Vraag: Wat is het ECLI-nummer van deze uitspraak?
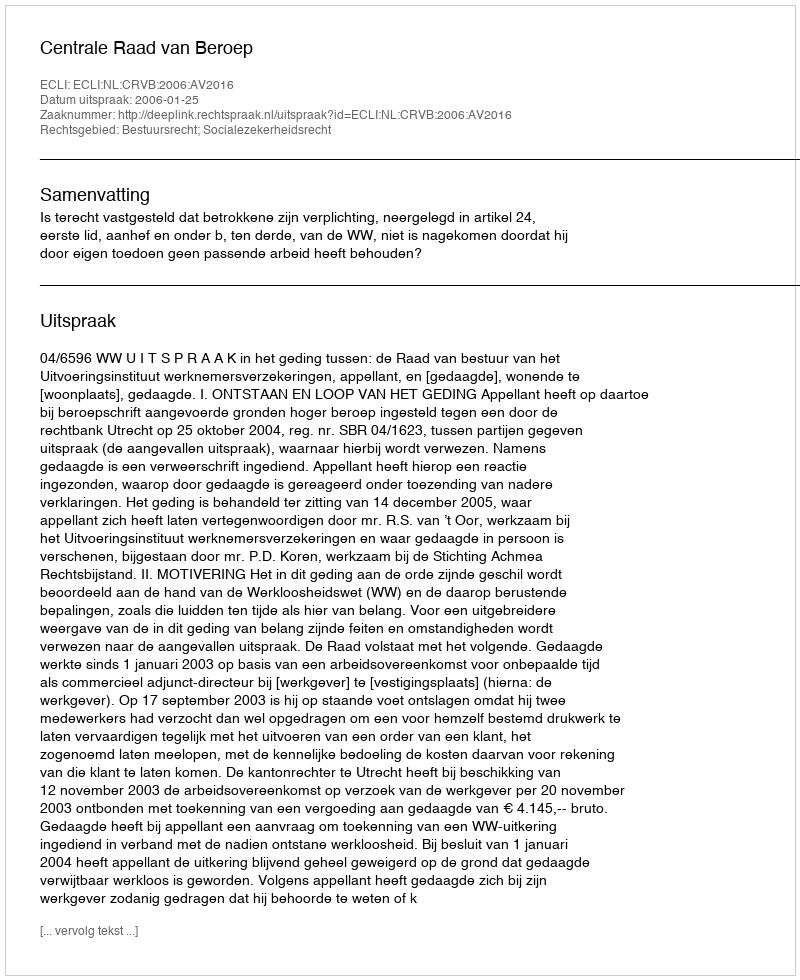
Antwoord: ECLI:NL:CRVB:2006:AV2016